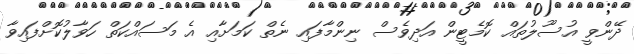
ދޭންވީ އުސޫލުތައް ކޮމެޓީން އަދިވެސް ނިންމާފައި ނެތް ކަމަށާއި އެ މަސައްކަތް ހަވާލުކޮށްފައިވާ